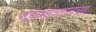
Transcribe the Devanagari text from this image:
गडाभोवतालच्या